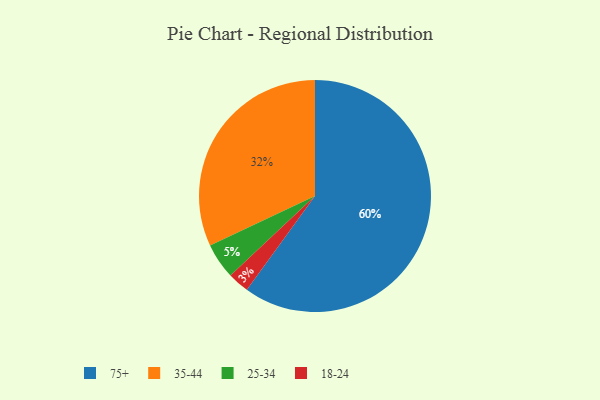
{"axis": {"x": "Category", "y": "Percentage"}, "legend": ["18-24", "25-34", "35-44", "75+"], "data": [{"x": "75+", "y": 60, "type": "75+"}, {"x": "35-44", "y": 32, "type": "35-44"}, {"x": "25-34", "y": 5, "type": "25-34"}, {"x": "18-24", "y": 3, "type": "18-24"}]}